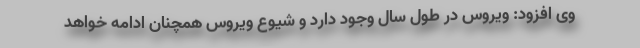
وی افزود: ویروس در طول سال وجود دارد و شیوع ویروس همچنان ادامه خواهد